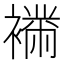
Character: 𧝉